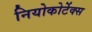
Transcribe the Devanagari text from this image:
नियोकोर्टेक्स